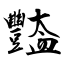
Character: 豓